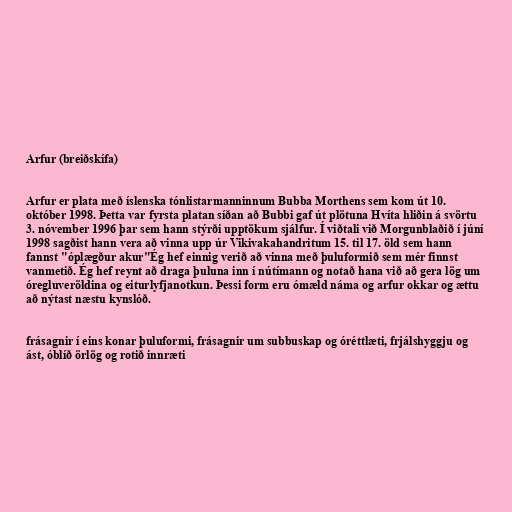
Arfur (breiðskífa)

Arfur er plata með íslenska tónlistarmanninnum Bubba Morthens sem kom út 10.
október 1998. Þetta var fyrsta platan síðan að Bubbi gaf út plötuna Hvíta hliðin á svörtu
3. nóvember 1996 þar sem hann stýrði upptökum sjálfur. Í viðtali við Morgunblaðið í júní
1998 sagðist hann vera að vinna upp úr Vikivakahandritum 15. til 17. öld sem hann
fannst "óplægður akur"Ég hef einnig verið að vinna með þuluformið sem mér finnst
vanmetið. Ég hef reynt að draga þuluna inn í nútímann og notað hana við að gera lög um
óregluveröldina og eiturlyfjanotkun. Þessi form eru ómæld náma og arfur okkar og ættu
að nýtast næstu kynslóð.

frásagnir í eins konar þuluformi, frásagnir um subbuskap og óréttlæti, frjálshyggju og
ást, óblíð örlög og rotið innræti